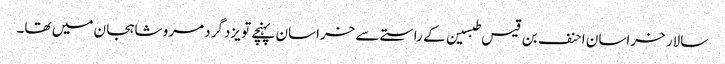
سالار خراسان احنف بن قیس طبسین کے راستے سے خراسان پہنچے تو یزدگرد مرو شاہجان میں تھا۔